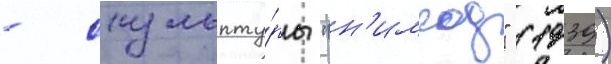
- скульпту́ры "н'имрод" (1939)